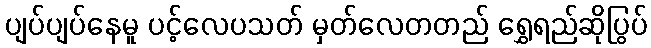
ပျပ်ပျပ်နေမူ ပင့်လေပသတ် မှတ်လေတတည် ရွှေရည်ဆိုပြွပ်